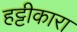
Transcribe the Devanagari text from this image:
हट्टीकारा